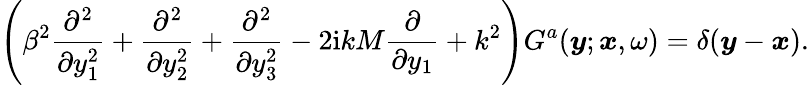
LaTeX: \left(\beta^{2}\frac{\partial^{2}}{\partial y_{1}^{2}}+\frac{\partial^{2}}{\partial y_{2}^{2}}+\frac{\partial^{2}}{\partial y_{3}^{2}}-2\mathrm{i}kM\frac{\partial}{\partial y_{1}}+k^{2}\right)G^{a}(\boldsymbol{y};\boldsymbol{x},\omega)=\delta(\boldsymbol{y}-\boldsymbol{x}).